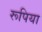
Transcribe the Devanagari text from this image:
रूपिया